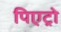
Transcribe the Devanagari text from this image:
पिएट्रो